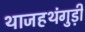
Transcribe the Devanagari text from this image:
थाजहथंगुड़ी